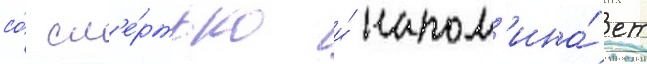
со́ см'е́ртью и́ напом'ина́ет